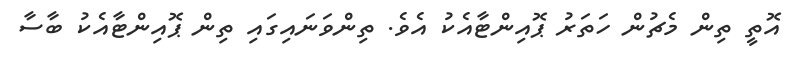
އޮތީ ތިން މެޗުން ހަތަރު ޕޮއިންޓާއެކު އެވެ. ތިންވަނައިގައި ތިން ޕޮއިންޓާއެކު ބާސާ